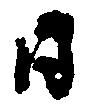
日